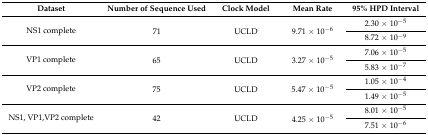
| Dataset | Number of Sequence Used | Clock Model | Mean Rate | 95% HPD Interval |
 | --- | --- | --- | --- | --- |
 | <ROWSPAN=2> NS1 complete | <ROWSPAN=2> 71 | <ROWSPAN=2> UCLD | <ROWSPAN=2> 9.71 × 10−6 | 2.30 × 10−5 |
 | 8.72 × 10−9 |
 | <ROWSPAN=2> VP1 complete | <ROWSPAN=2> 65 | <ROWSPAN=2> UCLD | <ROWSPAN=2> 3.27 × 10−5 | 7.06 × 10−5 |
 | 5.83 × 10−7 |
 | <ROWSPAN=2> VP2 complete | <ROWSPAN=2> 75 | <ROWSPAN=2> UCLD | <ROWSPAN=2> 5.47 × 10−5 | 1.05 × 10−4 |
 | 1.49 × 10−5 |
 | <ROWSPAN=2> NS1, VP1,VP2 complete | <ROWSPAN=2> 42 | <ROWSPAN=2> UCLD | <ROWSPAN=2> 4.25 × 10−5 | 8.01 × 10−5 |
 | 7.51 × 10−6 |